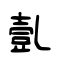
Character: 亄